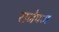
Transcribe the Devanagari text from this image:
राजेपण